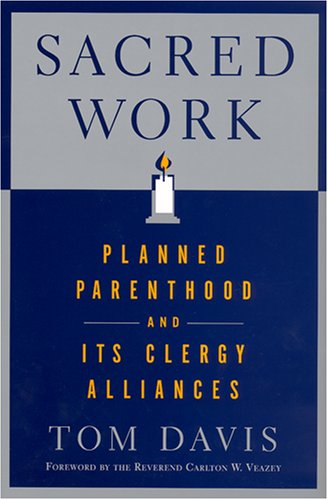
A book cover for Sacred Work: Planned Parenthood and Its Clergy Alliances; Tom Davis; Politics & Social Sciences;